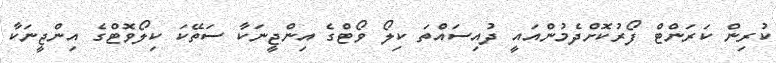
ކުރިން ކަރަންޓް ފޯރުކޮށްދެމުންއައީ ދުއިސައްތަ ކިލޯ ވޯޓްގެ އިންޖީނަކާ ސަތޭކަ ކިލޯވޮޓްގެ އިންޖީނަކާ